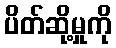
ပိတ်ဆို့မှုကို